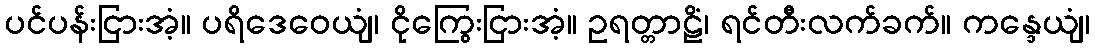
ပင်ပန်းငြားအံ့။ ပရိဒေဝေယျံ၊ ငိုကြွေးငြားအံ့။ ဥရတ္တာဠိံ၊ ရင်တီးလက်ခက်။ ကန္ဒေယျံ၊